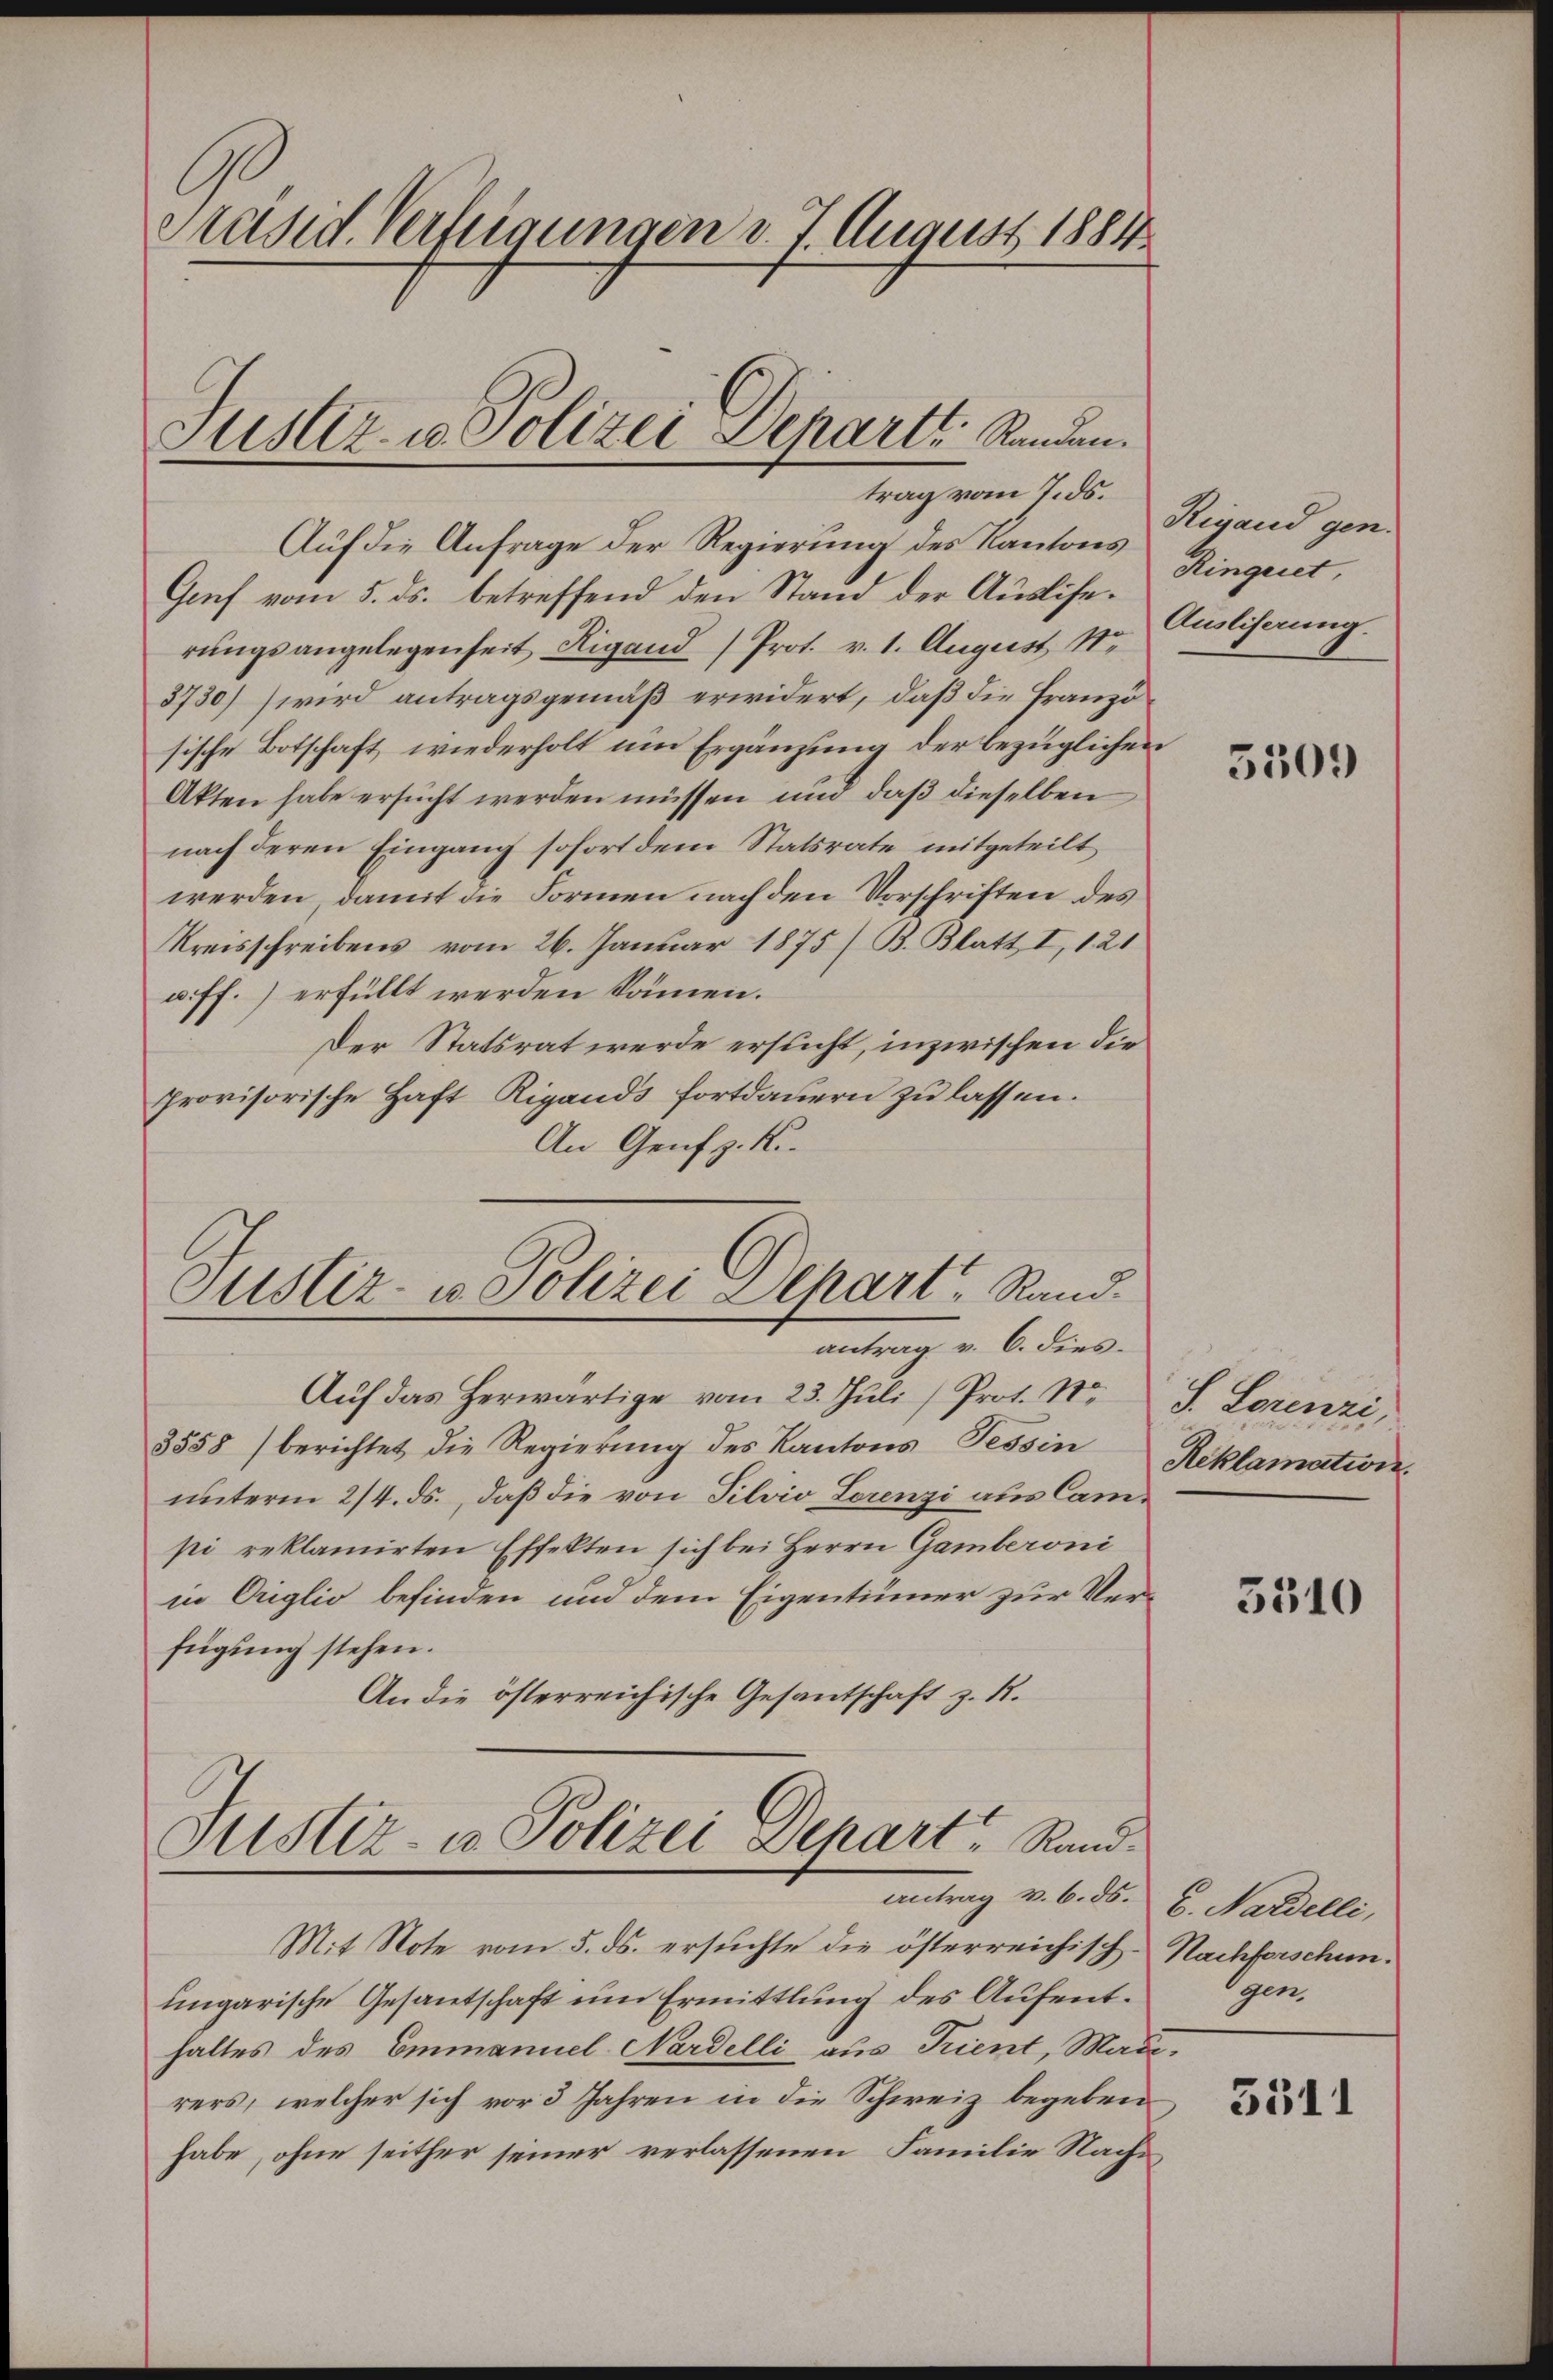
Präsid. Verfeigungen d. 7. August 1884

Justiz- u. Polizei Departt. Stunden.
trag vom 7. ds.

Auf die Anfrage der Regierung des Kantons
Genf vom 5. ds. betreffend den Stand der Ausliserungsangelegenseit Rigand) Prot. v. 1. August 1
3730) wird antragsgemäß erwidert, daß die Französische Botschaft, wiederholt um Ergänzung der bezüglichen
Akten habe ersucht werden müssen und daß dieselben
nach deren Eingang sofort dem Statsrate mitgeteilt
werden, damit die Formen nach den Vorschriften des
Kreisschreibens vom 26. Januar 1875 / B. Blatt I, 121
u. ff.) erfüllt werden können.
Der Statsrat werde ersticht, inzwischen die
provisorische Haft Rigands fortdauern zu lassen.
An Genf z. K.
Justiz- u. Polizei Depart Rand.
antrag v. 6. dies
Auf das herwärtige vom 23. Juli (Prot. St.
3558) berichtet die Regierung des Kantons Tessin
unterm 2/4. ds., daß die von Silvio Lorenzi aus Campi reklamirten Effekten sich bei Herrn Gamberoni
in Origlio befinden und dem Eigentümer zur Verfügung stehen.
An die österreichische Gesantschaft z. R.

Justiz- u Polizei Depart. Randantrag v. 6. ds. g. Nardelli,

Rigand gen.
Ringeret,
Ausliserung.

Mit Note vom 5. ds. ersuchte die österreichisch-Nachforschunungarische Gesantschaft um Ermittlung des Aufenthaltes des Emmanuel Nardelli aus Trient, Maurers, welcher sich vor 3 Jahren in die Schweiz begeben
habe, ohne seither seiner verlassenen Familie Nach-

5509

S. Lorenzi,
Reklamation.

5310

gen

3311